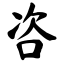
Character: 咨